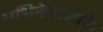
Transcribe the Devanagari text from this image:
अभिनेताओंके